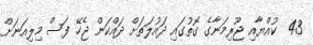
43  ކުއްޔާއި ޖޫރިމަނާގެ ގޮތުގައި ދައުލަތަށް ދައްކަން ޖެހޭ ފަސް މިލިއަނަށް